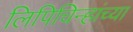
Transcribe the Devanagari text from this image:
लिपिचिन्हांच्या